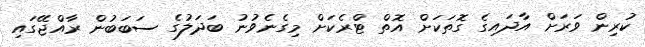
ކުރިން ވަރަށް އާދައިގެ ގޮތަކަށް އޮތް ޓްރެކަށް މިގެނެވުނު ބަދަލުގެ ސަބަބުން ރާއްޖޭގައި